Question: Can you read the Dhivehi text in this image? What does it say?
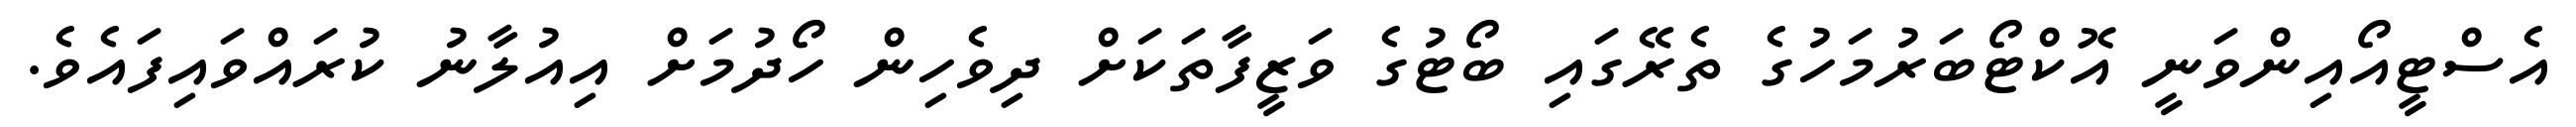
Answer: އެސްޓީއޯއިންވަނީ އޮކްޓޯބަރުމަހުގެ ތެރޭގައި ބޯޓުގެ ވަޒީފާތަކަށް ދިވެހިން ހޯދުމަށް އިއުލާނު ކުރައްވައިފައެވެ.